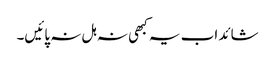
شائد اب یہ کبھی نہ ہل نہ پائیں۔